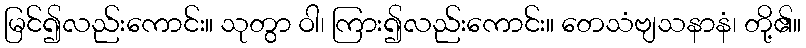
မြင်၍လည်းကောင်း။ သုတွာ ဝါ၊ ကြား၍လည်းကောင်း။ တေသံဗျသနာနံ၊ တို့၏။